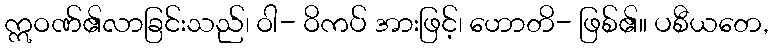
ဣဝဏ်၏လာခြင်းသည်၊ ဝါ- ဝိကပ် အားဖြင့်၊ ဟောတိ- ဖြစ်၏။ ပစီယတေ,